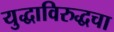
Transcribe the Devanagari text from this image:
युद्धाविरुद्धचा